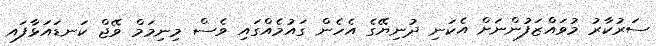
ސަރުކާރު މުވައްޒަފުންނަށް އެކަނި ދުނިޔޭގެ އެހެން ގައުމެއްގައި ވެސް މިނިމަމް ވޭޖް ކަނޑައަޅާފައ